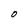
Character: 0